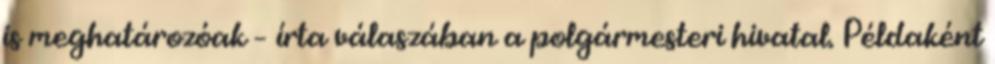
is meghatározóak – írta válaszában a polgármesteri hivatal. Példaként